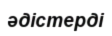
әдістерді